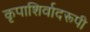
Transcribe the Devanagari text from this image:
कृपाशिर्वादरूपी